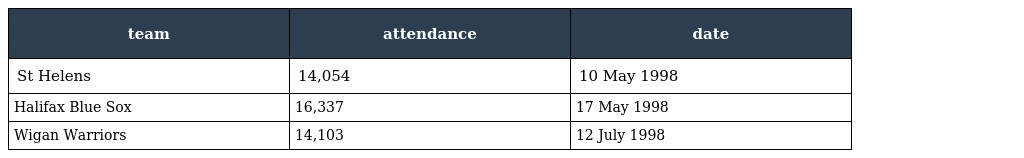
| team | attendance | date |
 | --- | --- | --- |
 | St Helens | 14,054 | 10 May 1998 |
 | Halifax Blue Sox | 16,337 | 17 May 1998 |
 | Wigan Warriors | 14,103 | 12 July 1998 |